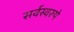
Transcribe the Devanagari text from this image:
सर्वस्वरुपे